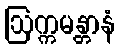
ဩက္ကမန္တာနံ